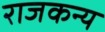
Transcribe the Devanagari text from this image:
राजकन्य